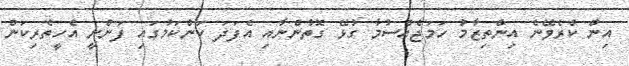
އިން ކުރެވޭނެ އިންތިޒާމު ހަމަޖެއްސުމާ ގުޅޭ ގޮތުންނާއި އެފަދަ ކަންކަމުގައި ފަންނީ އެހީތެރިކަން